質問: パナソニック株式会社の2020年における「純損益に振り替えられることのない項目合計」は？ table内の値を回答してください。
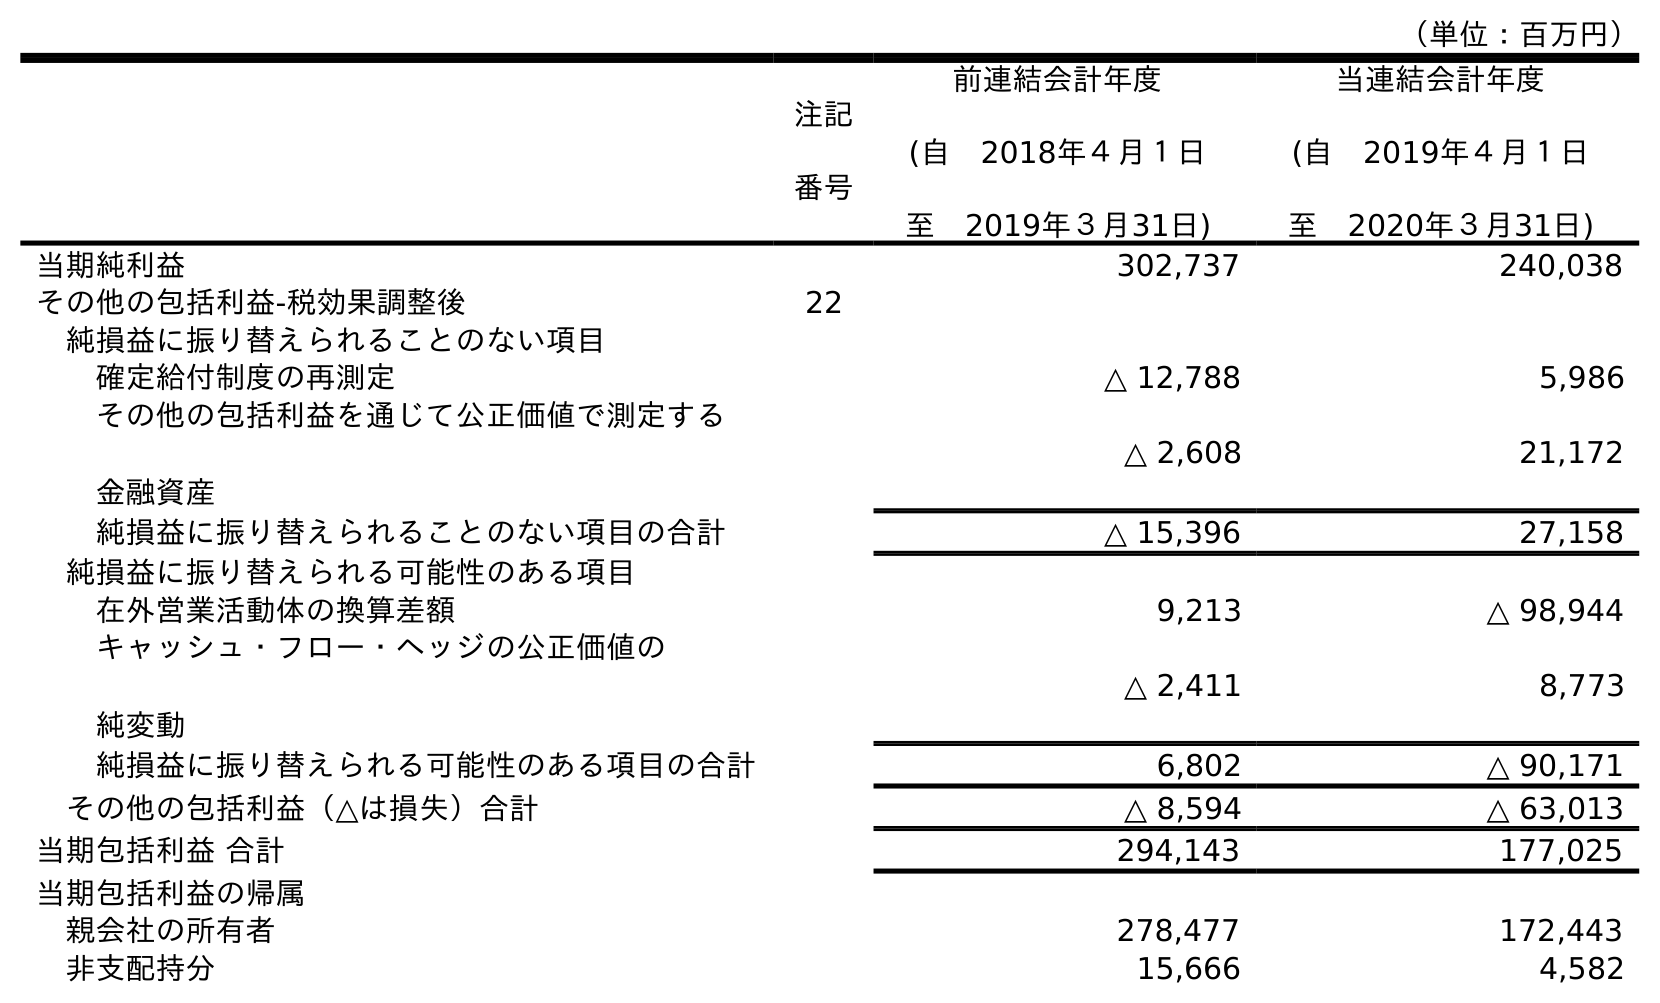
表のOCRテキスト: （単位：百万円） 注記 番号 前連結会計年度 (自 2018年４月１日 至 2019年３月31日) 当連結会計年度 (自 2019年４月１日 至 2020年３月31日) 当期純利益 302,737 240,038 その他の包括利益-税効果調整後 22 純損益に振り替えられることのない項目 確定給付制度の再測定 △ 12,788 5,986 その他の包括利益を通じて公正価値で測定する 金融資産 △ 2,608 21,172 純損益に振り替えられることのない項目の合計 △ 15,396 27,158 純損益に振り替えられる可能性のある項目 在外営業活動体の換算差額 9,213 △ 98,944 キャッシュ・フロー・ヘッジの公正価値の 純変動 △ 2,411 8,773 純損益に振り替えられる可能性のある項目の合計 6,802 △ 90,171 その他の包括利益（△は損失）合計 △ 8,594 △ 63,013 当期包括利益 合計 294,143 177,025 当期包括利益の帰属 親会社の所有者 278,477 172,443 非支配持分 15,666 4,582
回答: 27,158